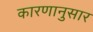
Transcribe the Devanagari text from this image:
कारणानुसार